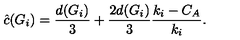
\hat { c } ( G _ { i } ) = \frac { d ( G _ { i } ) } { 3 } + \frac { 2 d ( G _ { i } ) } { 3 } \frac { k _ { i } - C _ { A } } { k _ { i } } .